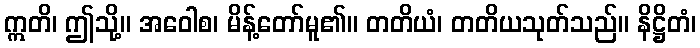
ဣတိ၊ ဤသို့။ အဝေါစ၊ မိန့်တော်မူ၏။ တတိယံ၊ တတိယသုတ်သည်။ နိဋ္ဌိတံ၊